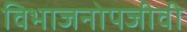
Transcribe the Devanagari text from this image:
विभाजनोपजीवी